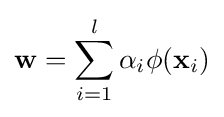
\mathbf {w} =\sum _{i=1}^{l}\alpha _{i}\phi (\mathbf {x} _{i})